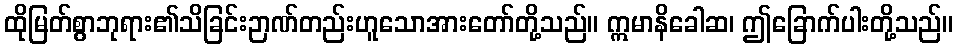
ထိုမြတ်စွာဘုရား၏သိခြင်းဉာဏ်တည်းဟူသောအားတော်တို့သည်။ ဣမာနိခေါဆ၊ ဤခြောက်ပါးတို့သည်။